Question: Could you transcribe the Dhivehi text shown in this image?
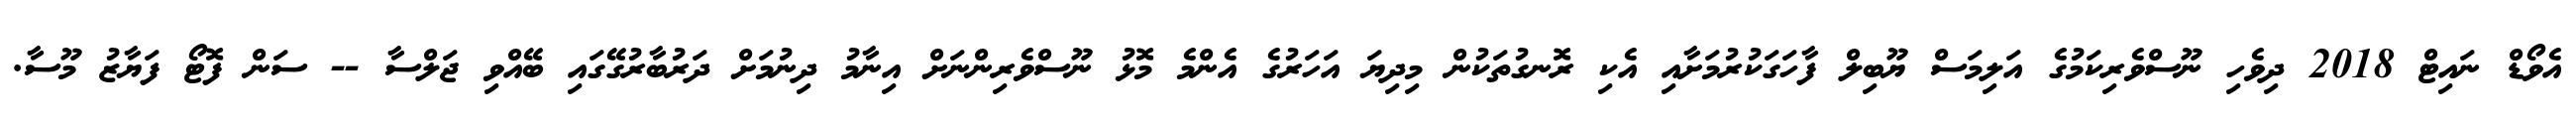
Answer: އެވޯޑް ނައިޓް 2018 ދިވެހި ނޫސްވެރިކަމުގެ އަލިމަސް ޔޫބިލް ފާހަގަކުރުމަށާއި އެކި ރޮނގުތަކުން މިދިޔަ އަހަރުގެ އެންމެ މޮޅު ނޫސްވެރިންނަށް އިނާމު ދިނުމަށް ދަރުބާރުގޭގައި ބޭއްވި ޖަލްސާ -- ސަން ފޮޓޯ ފަޔާޒު މޫސާ.